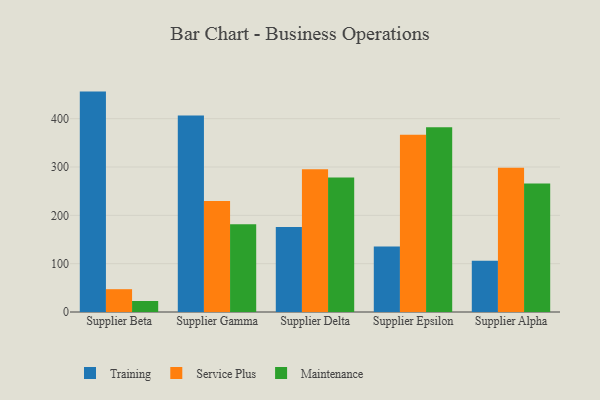
{"axis": {"x": "Supplier", "y": "Budget (USD K)"}, "legend": ["Maintenance", "Service Plus", "Training"], "data": [{"x": "Supplier Beta", "y": 456.0, "type": "Training"}, {"x": "Supplier Beta", "y": 47.2, "type": "Service Plus"}, {"x": "Supplier Beta", "y": 22.8, "type": "Maintenance"}, {"x": "Supplier Gamma", "y": 406.6, "type": "Training"}, {"x": "Supplier Gamma", "y": 229.4, "type": "Service Plus"}, {"x": "Supplier Gamma", "y": 181.7, "type": "Maintenance"}, {"x": "Supplier Delta", "y": 176.1, "type": "Training"}, {"x": "Supplier Delta", "y": 295.1, "type": "Service Plus"}, {"x": "Supplier Delta", "y": 278.2, "type": "Maintenance"}, {"x": "Supplier Epsilon", "y": 135.5, "type": "Training"}, {"x": "Supplier Epsilon", "y": 366.6, "type": "Service Plus"}, {"x": "Supplier Epsilon", "y": 382.4, "type": "Maintenance"}, {"x": "Supplier Alpha", "y": 105.8, "type": "Training"}, {"x": "Supplier Alpha", "y": 298.4, "type": "Service Plus"}, {"x": "Supplier Alpha", "y": 266.0, "type": "Maintenance"}]}